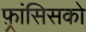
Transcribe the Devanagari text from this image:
फ़्रांसिसको